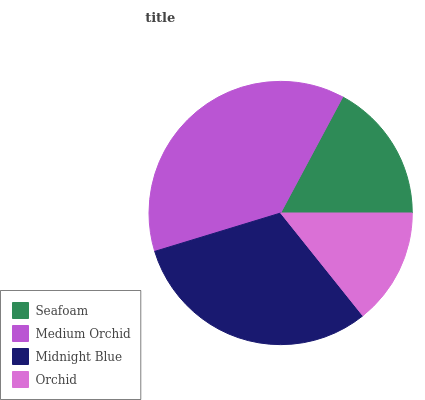
| Seafoam | Medium Orchid | Midnight Blue | Orchid |
 | --- | --- | --- | --- |
 | 17.2% | 37.5% | 31% | 14.3% |